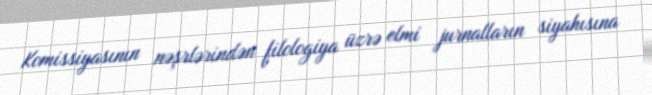
Komissiyasının nəşrlərindən filologiya üzrə elmi jurnalların siyahısına